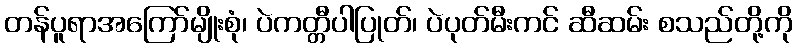
တန်ပူရာအကြော်မျိုးစုံ၊ ပဲကတ္တီပါပြုတ်၊ ပဲပုတ်မီးကင် ဆီဆမ်း စသည်တို့ကို